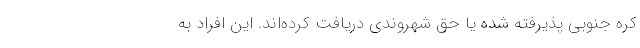
کره جنوبی پذیرفته شده یا حق شهروندی دریافت کرده‌اند. این افراد به